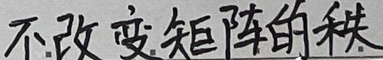
不改变矩阵的秩